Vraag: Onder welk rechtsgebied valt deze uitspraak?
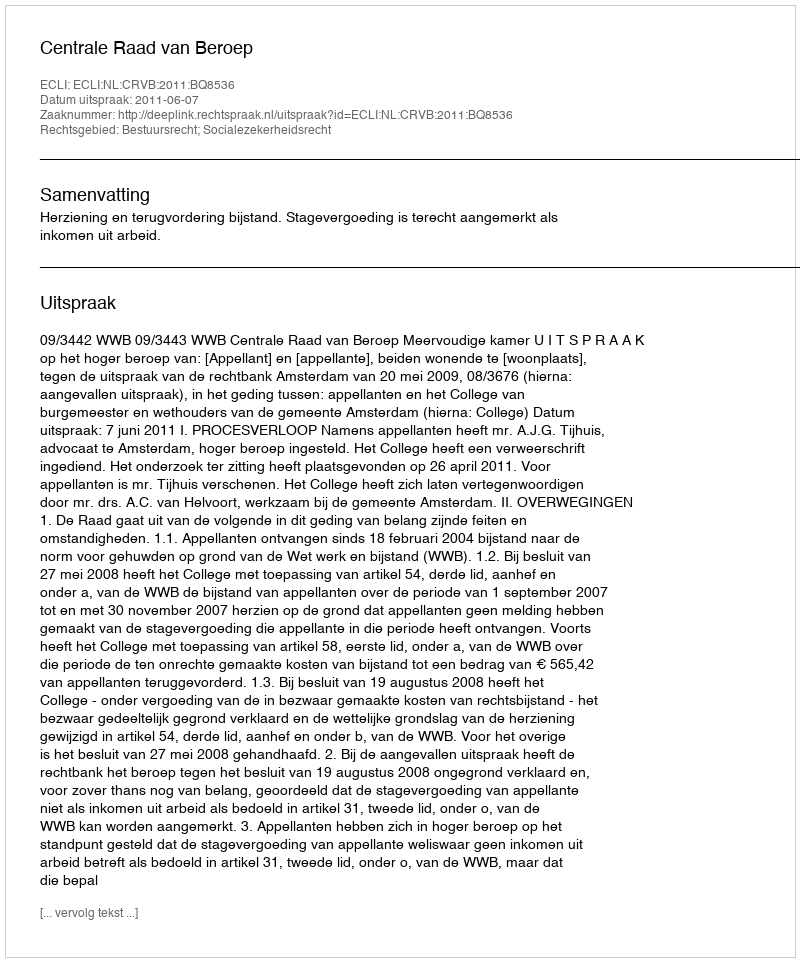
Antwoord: Bestuursrecht; Socialezekerheidsrecht